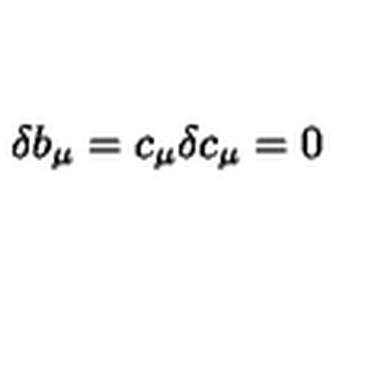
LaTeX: \delta b _ { \mu } = c _ { \mu } \delta c _ { \mu } = 0